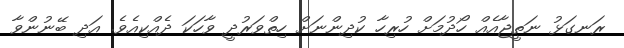
ރަނގަޅު ނަތީޖާއެއް ހޯދުމަށް ހުރިހާ ކުދިންނަށް ހިތްވަރުދީ ވާހަކަ ދެއްކިއެވެ. އަދި ބޭނުންވާ